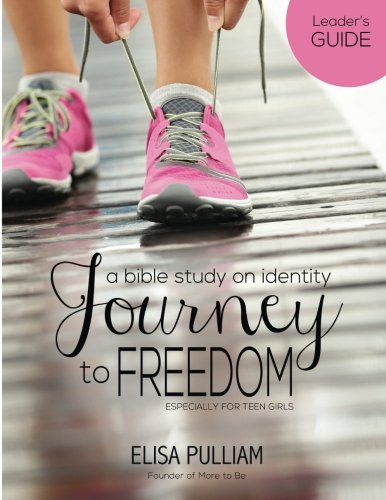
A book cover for Journey to Freedom Leader's Guide: A Bible Study on Identity for Teen Girls (Engage Bible Studies for Teen Girls) (Volume 1); Elisa A Pulliam; Christian Books & Bibles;